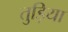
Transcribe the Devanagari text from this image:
तुड़िया